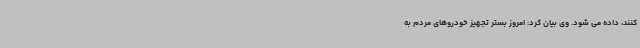
کنند، داده می شود. وی بیان کرد: امروز بستر تجهیز خودروهای مردم به